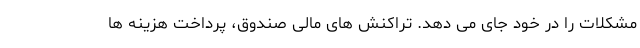
مشکلات را در خود جای می دهد. تراکنش های مالی صندوق، پرداخت هزینه ها